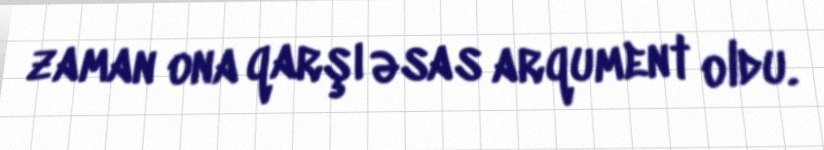
zaman ona qarşı əsas arqument oldu.